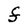
Character: F